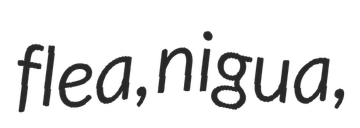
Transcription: flea, nigua,